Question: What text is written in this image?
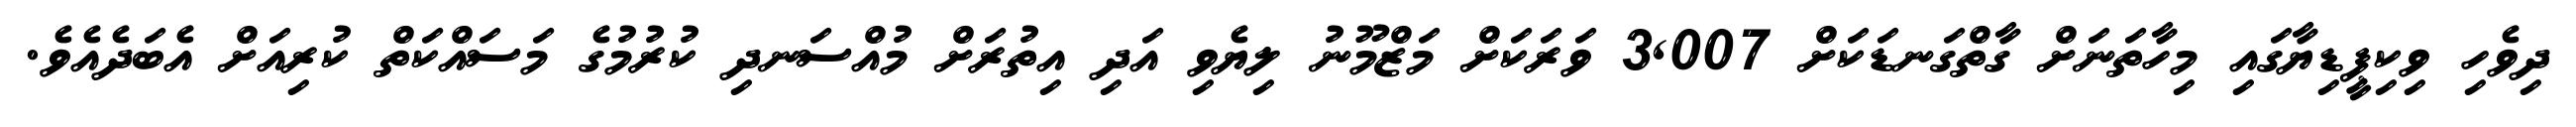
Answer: ދިވެހި ވިކިޕީޑިޔާގައި މިހާތަނަށް ގާތްގަނޑަކަށް 3,007 ވަރަކަށް މަޒްމޫނު ލިޔެވި އަދި އިތުރަށް މުއްސަނދި ކުރުމުގެ މަސައްކަތް ކުރިއަށް އެބަދެއެވެ.